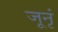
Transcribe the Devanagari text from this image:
जूनृं